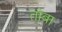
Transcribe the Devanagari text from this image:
तॉबा